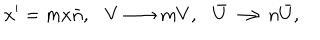
x ^ { \prime } = m x \bar { n } , V \longrightarrow m V , \bar { U } \longrightarrow n \bar { U } ,